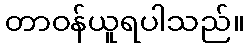
တာဝန်ယူရပါသည်။